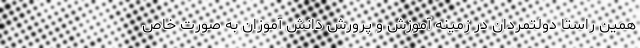
همین راستا دولتمردان در زمینه آموزش و پرورش دانش آموزان به صورت خاص